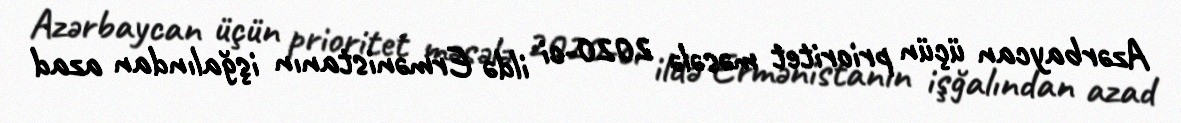
Azərbaycan üçün prioritet məsələ 2020-ci ildə Ermənistanın işğalından azad